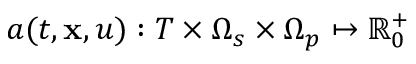
a ( t , \mathbf { x } , u ) : T \times \Omega _ { s } \times \Omega _ { p } \mapsto \mathbb { R } _ { 0 } ^ { + }